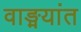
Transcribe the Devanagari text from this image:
वाङ्मयांत